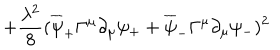
+ { \frac { \lambda ^ { 2 } } { 8 } } ( \overline { { { \psi } } } _ { + } \Gamma ^ { \mu } \partial _ { \mu } \psi _ { + } + \overline { { { \psi } } } _ { - } \Gamma ^ { \mu } \partial _ { \mu } \psi _ { - } ) ^ { 2 }